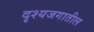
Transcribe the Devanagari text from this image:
दृश्यजगातील